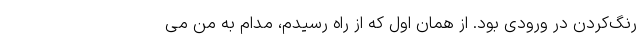
رنگ‌کردن در ورودی بود. از همان اول که از راه رسیدم، مدام به من می